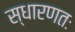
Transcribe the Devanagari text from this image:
स्धारणतः